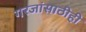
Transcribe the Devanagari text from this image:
गरजांसाठीही